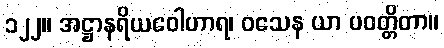
၁၂၂။ အဋ္ဌာနရိယဝေါဟာရ၊ ဝသေန ယာ ပဝတ္တိတာ။